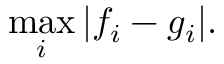
\operatorname* { m a x } _ { i } | f _ { i } - g _ { i } | .